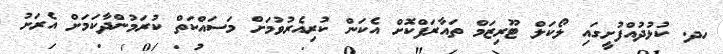
ހދ. ކުޅުދުއްފުށީގައި ލޯކަލް ޓޫރިޒަމް ތައާރަފްކޮށް އެކަން ކުރިއެރުވުމަށް މަސައްކަތް ކުރަމުންދާކަމަށް އެރަށު